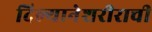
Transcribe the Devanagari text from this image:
दिल्यानेशरीराची